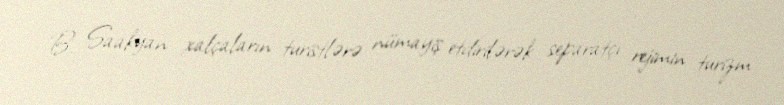
B. Saakyan xalçaların turistlərə nümayiş etdirilərək separatçı rejimin turizm